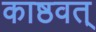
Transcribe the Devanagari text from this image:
काष्ठवत्